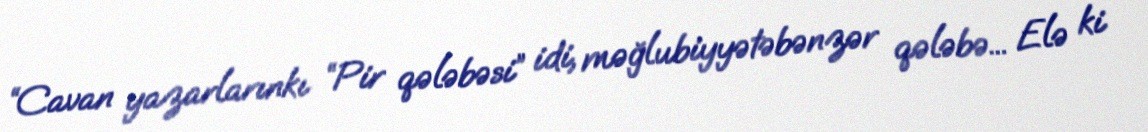
“Cavan yazarlarınkı “Pir qələbəsi” idi, məğlubiyyətəbənzər qələbə... Elə ki